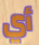
أي